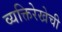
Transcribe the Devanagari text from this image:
व्यक्तिरेखेची